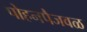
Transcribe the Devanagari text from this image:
पोहनपैजवळ